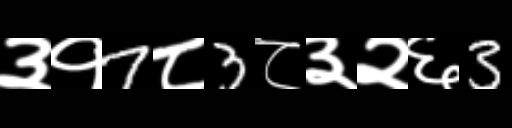
Text: ३१7८3८३२६3